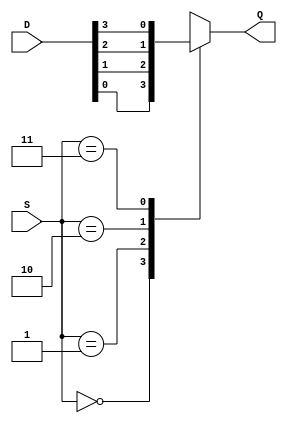
`timescale 1ns / 1ps
//////////////////////////////////////////////////////////////////////////////////
// Company: 
// Engineer: 
// 
// Design Name: 
// Module Name:    MUX_4input 
// Project Name: 
// Target Devices: 
// Tool versions: 
// Description: 
//
// Dependencies: 
//
// Revision: 
// Revision 0.01 - File Created
// Additional Comments: 
//
//////////////////////////////////////////////////////////////////////////////////
module MUX_4input(
  input wire[1:0] S,
  input wire[3:0] D,
  output reg Q );

  always@(*) begin
    case(S)
	  2'b 00:  Q <= D[0];
		2'b 01:  Q <= D[1];
		2'b 10:  Q <= D[2];
		2'b 11:  Q <= D[3];
		default: Q <= D[0];
    endcase
  end

endmodule